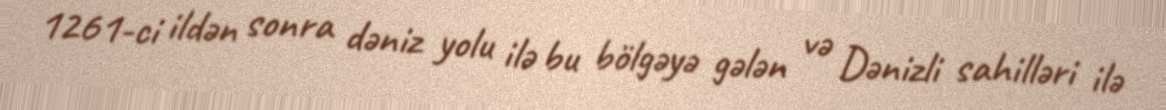
1261-ci ildən sonra dəniz yolu ilə bu bölgəyə gələn və Dənizli sahilləri ilə